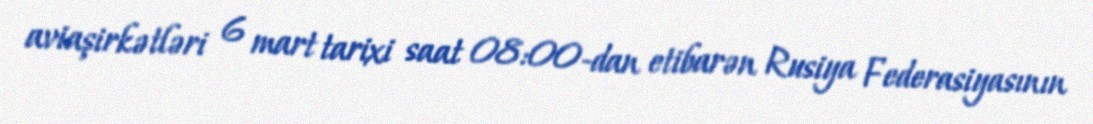
aviaşirkətləri 6 mart tarixi saat 08:00-dan etibarən Rusiya Federasiyasının